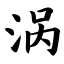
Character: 涡